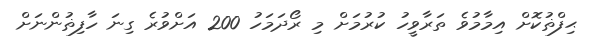
ޙިފްޡުކޮށް އިމާމުވެ ތަރާވީހު ކުރުމަށް މި ރޯދަމަހު 200 އަށްވުރެ ގިނަ ހާފިޡުންނަށް